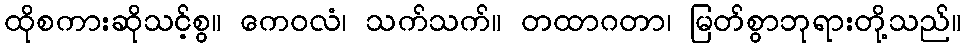
ထိုစကားဆိုသင့်စွ။ ကေဝလံ၊ သက်သက်။ တထာဂတာ၊ မြတ်စွာဘုရားတို့သည်။